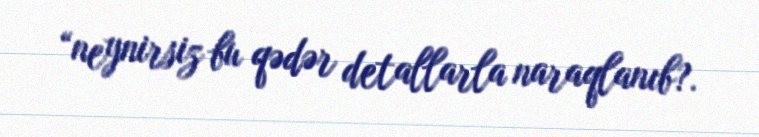
“neynirsiz bu qədər detallarla naraqlanıb?.